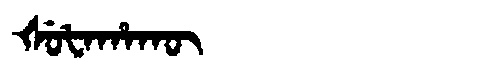
Manchu: ᡧᡠᡶᠠᡥᠠᡴᡡ
Romanization: ŠUFAHAKŪ